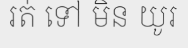
រត់ ទៅ មិន យូរ